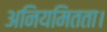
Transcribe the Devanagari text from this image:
अनियमितता।